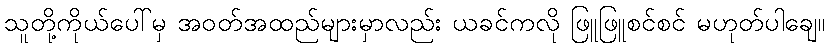
သူတို့ကိုယ်ပေါ်မှ အဝတ်အထည်များမှာလည်း ယခင်ကလို ဖြူဖြူစင်စင် မဟုတ်ပါချေ။